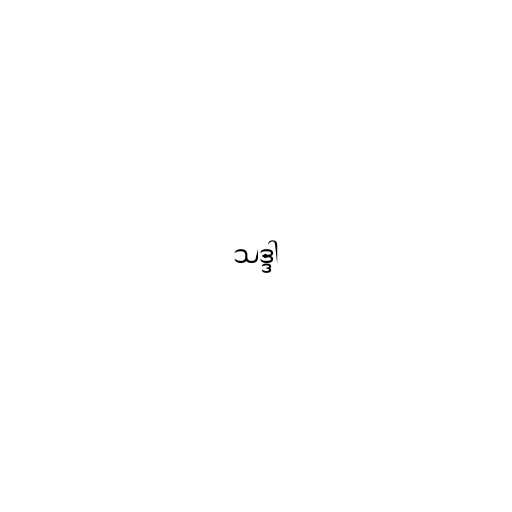
သဒ္ဒါ